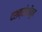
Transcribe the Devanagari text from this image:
दशक्रोशीतून